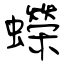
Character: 蠑